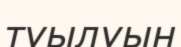
туылуын